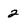
Character: 2